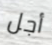
أجل